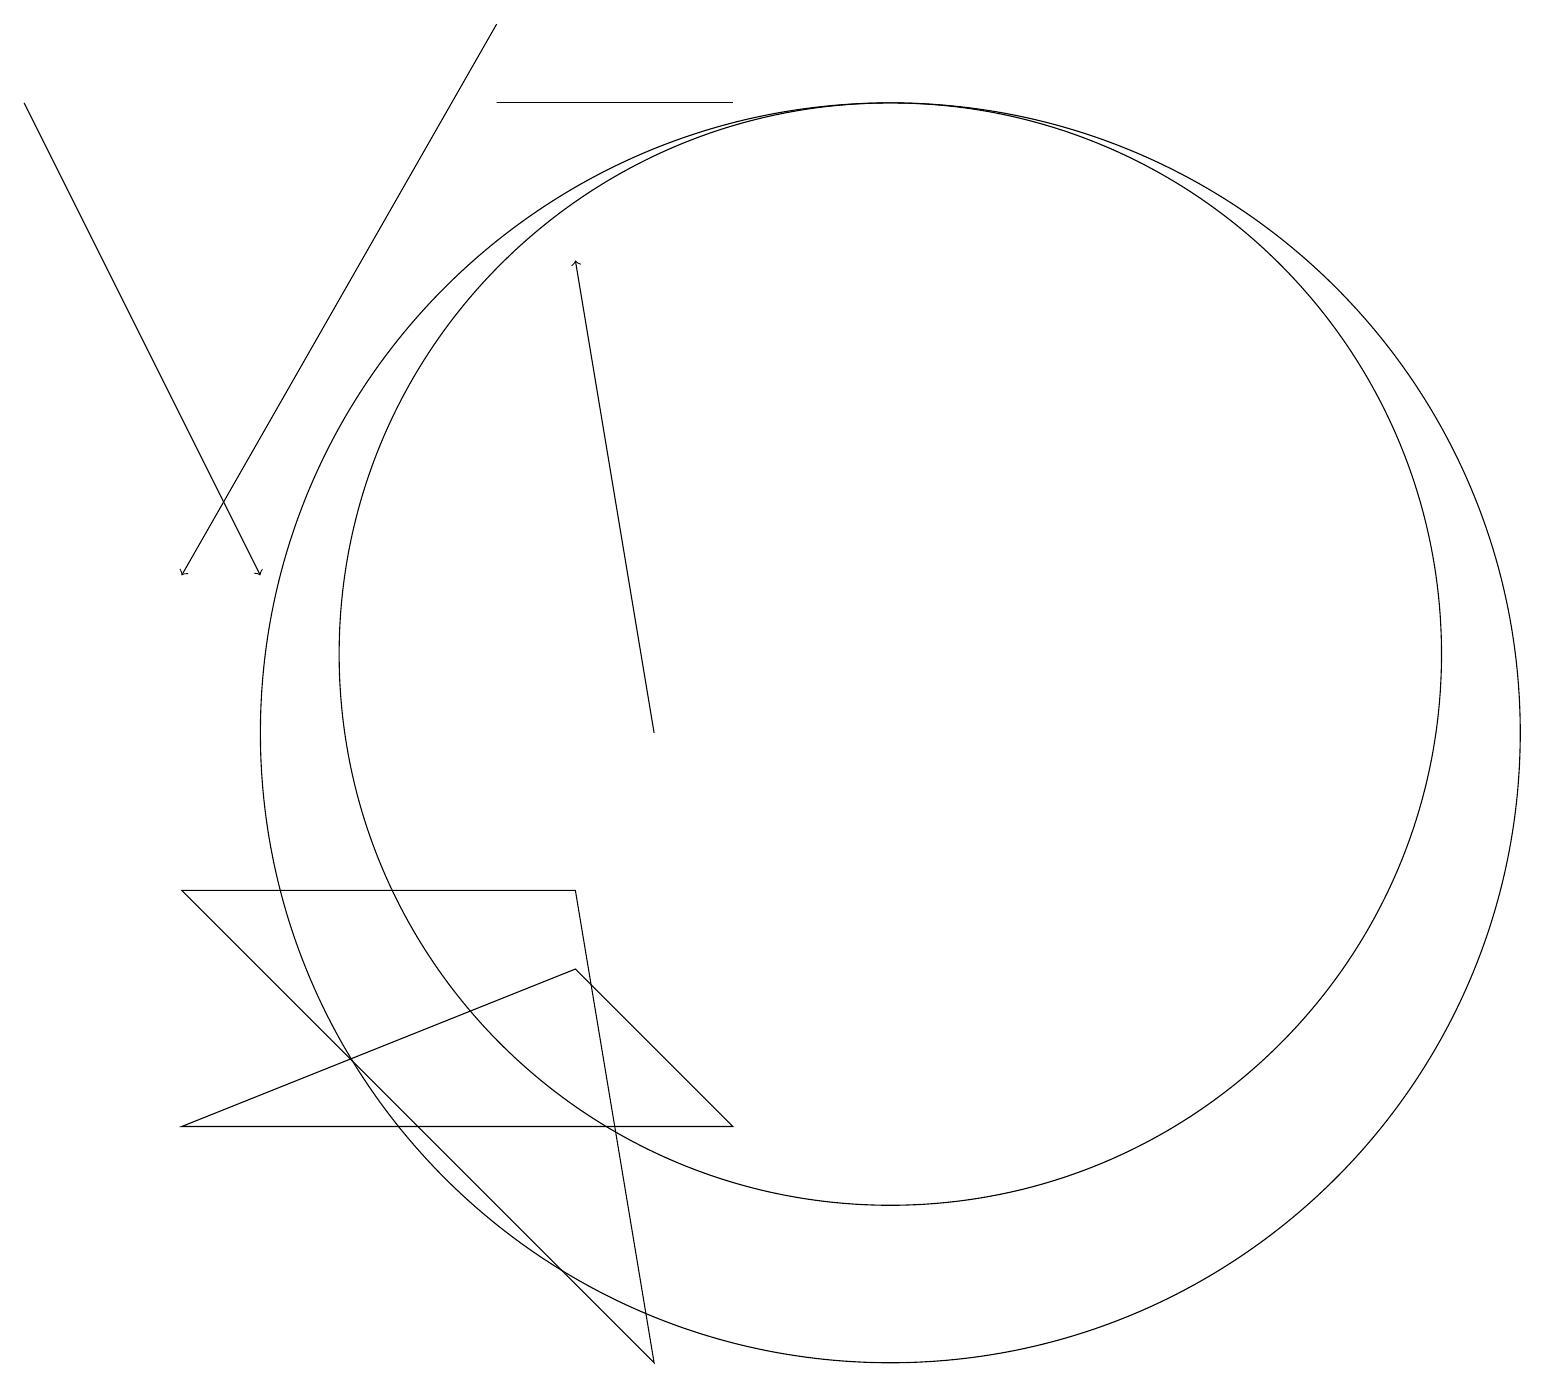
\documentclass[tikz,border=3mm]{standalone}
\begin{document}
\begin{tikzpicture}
\draw (9,18) rectangle (6,18);
\draw[->] (6,19) -- (2,12);
\draw (7,7) -- (2,5) -- (9,5) -- cycle;
\draw (11,10) circle (8);
\draw (11,11) circle (7);
\draw (7,8) -- (8,2) -- (2,8) -- cycle;
\draw[->] (0,18) -- (3,12);
\draw[->] (8,10) -- (7,16);
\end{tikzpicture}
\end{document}